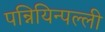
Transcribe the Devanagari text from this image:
पन्नियिन्पल्ली